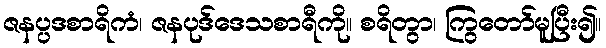
ဇနပ္ပဒစာရိကံ၊ ဇနပုဒ်ဒေသစာရီကို။ စရိတွာ၊ ကြွတော်မူပြီး၍။